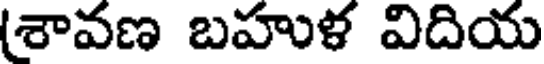
(శావణ బహుళ విదియ